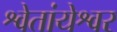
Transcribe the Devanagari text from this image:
श्वेतांयेश्वर